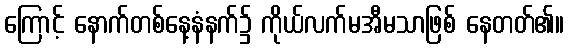
ကြောင့် နောက်တစ်နေ့နံနက်၌ ကိုယ်လက်မအီမသာဖြစ် နေတတ်၏။